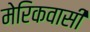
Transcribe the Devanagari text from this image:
मेरिकवासी